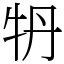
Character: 𤘪